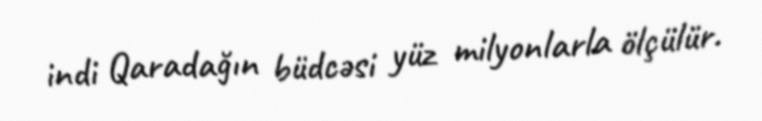
indi Qaradağın büdcəsi yüz milyonlarla ölçülür.